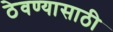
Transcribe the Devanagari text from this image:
ठेवण्‍यासाठी